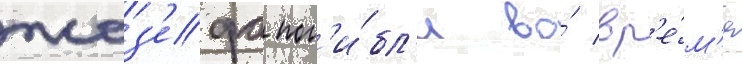
жоз'ефа пог'и́бл'и во́ вр'е́м'я